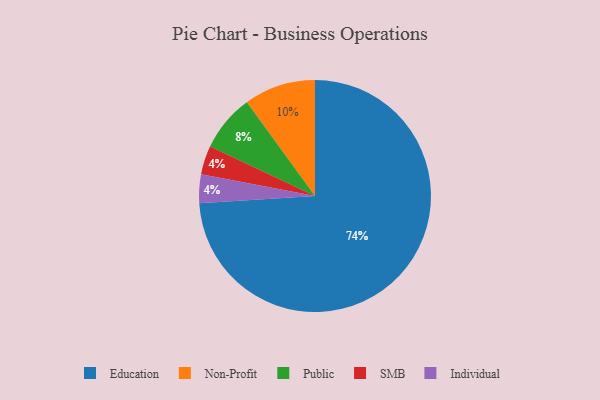
{"axis": {"x": "Category", "y": "Percentage"}, "legend": ["Education", "Individual", "Non-Profit", "Public", "SMB"], "data": [{"x": "Education", "y": 74, "type": "Education"}, {"x": "SMB", "y": 4, "type": "SMB"}, {"x": "Non-Profit", "y": 10, "type": "Non-Profit"}, {"x": "Public", "y": 8, "type": "Public"}, {"x": "Individual", "y": 4, "type": "Individual"}]}